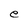
Character: e